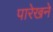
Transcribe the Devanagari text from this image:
पारेखने